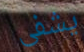
يشفى